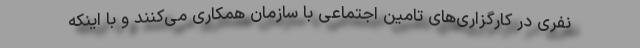
نفری در کارگزاری‌های تامین اجتماعی با سازمان همکاری می‌کنند و با اینکه